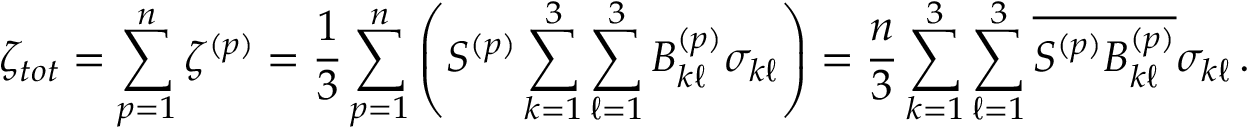
\zeta _ { t o t } = \sum _ { p = 1 } ^ { n } \zeta ^ { ( p ) } = \frac { 1 } { 3 } \sum _ { p = 1 } ^ { n } \left( S ^ { ( p ) } \sum _ { k = 1 } ^ { 3 } \sum _ { \ell = 1 } ^ { 3 } B _ { k \ell } ^ { ( p ) } \sigma _ { k \ell } \right) = \frac { n } { 3 } \sum _ { k = 1 } ^ { 3 } \sum _ { \ell = 1 } ^ { 3 } { \overline { { S ^ { ( p ) } B _ { k \ell } ^ { ( p ) } } } } \sigma _ { k \ell } \, .